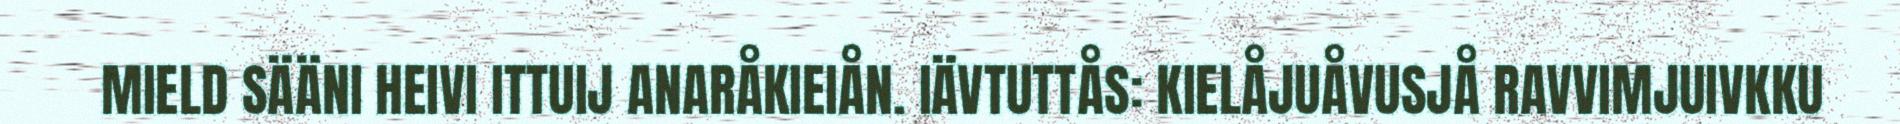
MIELD SÄÄNI HEIVI ITTUIJ ANARÅKIEIÅN. IÄVTUTTÅS: KIELÅJUÅVUSJÅ RAVVIMJUIVKKU